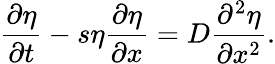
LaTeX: \frac{\partial\eta}{\partial t}-s\eta\frac{\partial\eta}{\partial x}=D\frac{\partial^{2}\eta}{\partial x^{2}}.